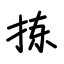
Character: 拣